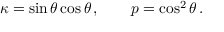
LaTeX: \kappa = \sin \theta \cos \theta \, , \qquad p = \cos ^ { 2 } \theta \, .